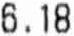
6.18